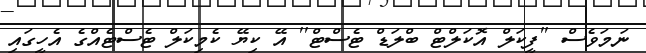
ނަމަވެސް ''ފީކަލް އޮކަލްޓް ބްލަޑް ޓެސްޓް'' އޭ ކިޔޭ ކެމިކަލް ޓެސްޓެއްގެ އެހީގައި